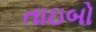
તાઇબો